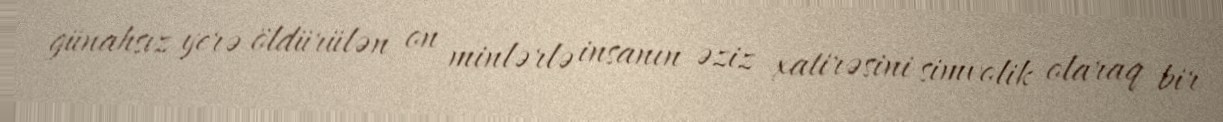
günahsız yerə öldürülən on minlərlə insanın əziz xatirəsini simvolik olaraq bir